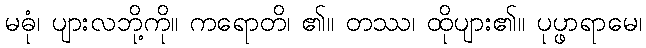
မဓုံ၊ ပျားလဘို့ကို။ ကရောတိ၊ ၏။ တဿ၊ ထိုပျား၏။ ပုပ္ဖာရာမေ၊